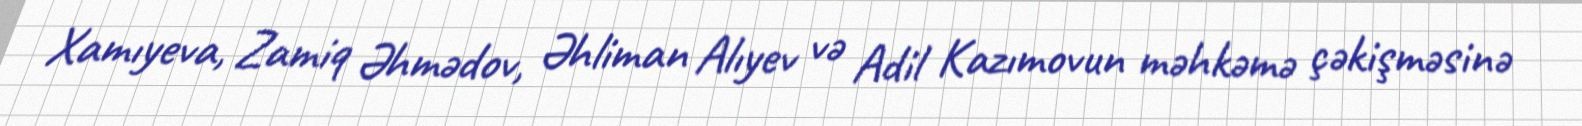
Xamıyeva, Zamiq Əhmədov, Əhliman Alıyev və Adil Kazımovun məhkəmə çəkişməsinə